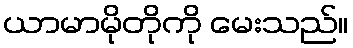
ယာမာမိုတိုကို မေးသည်။